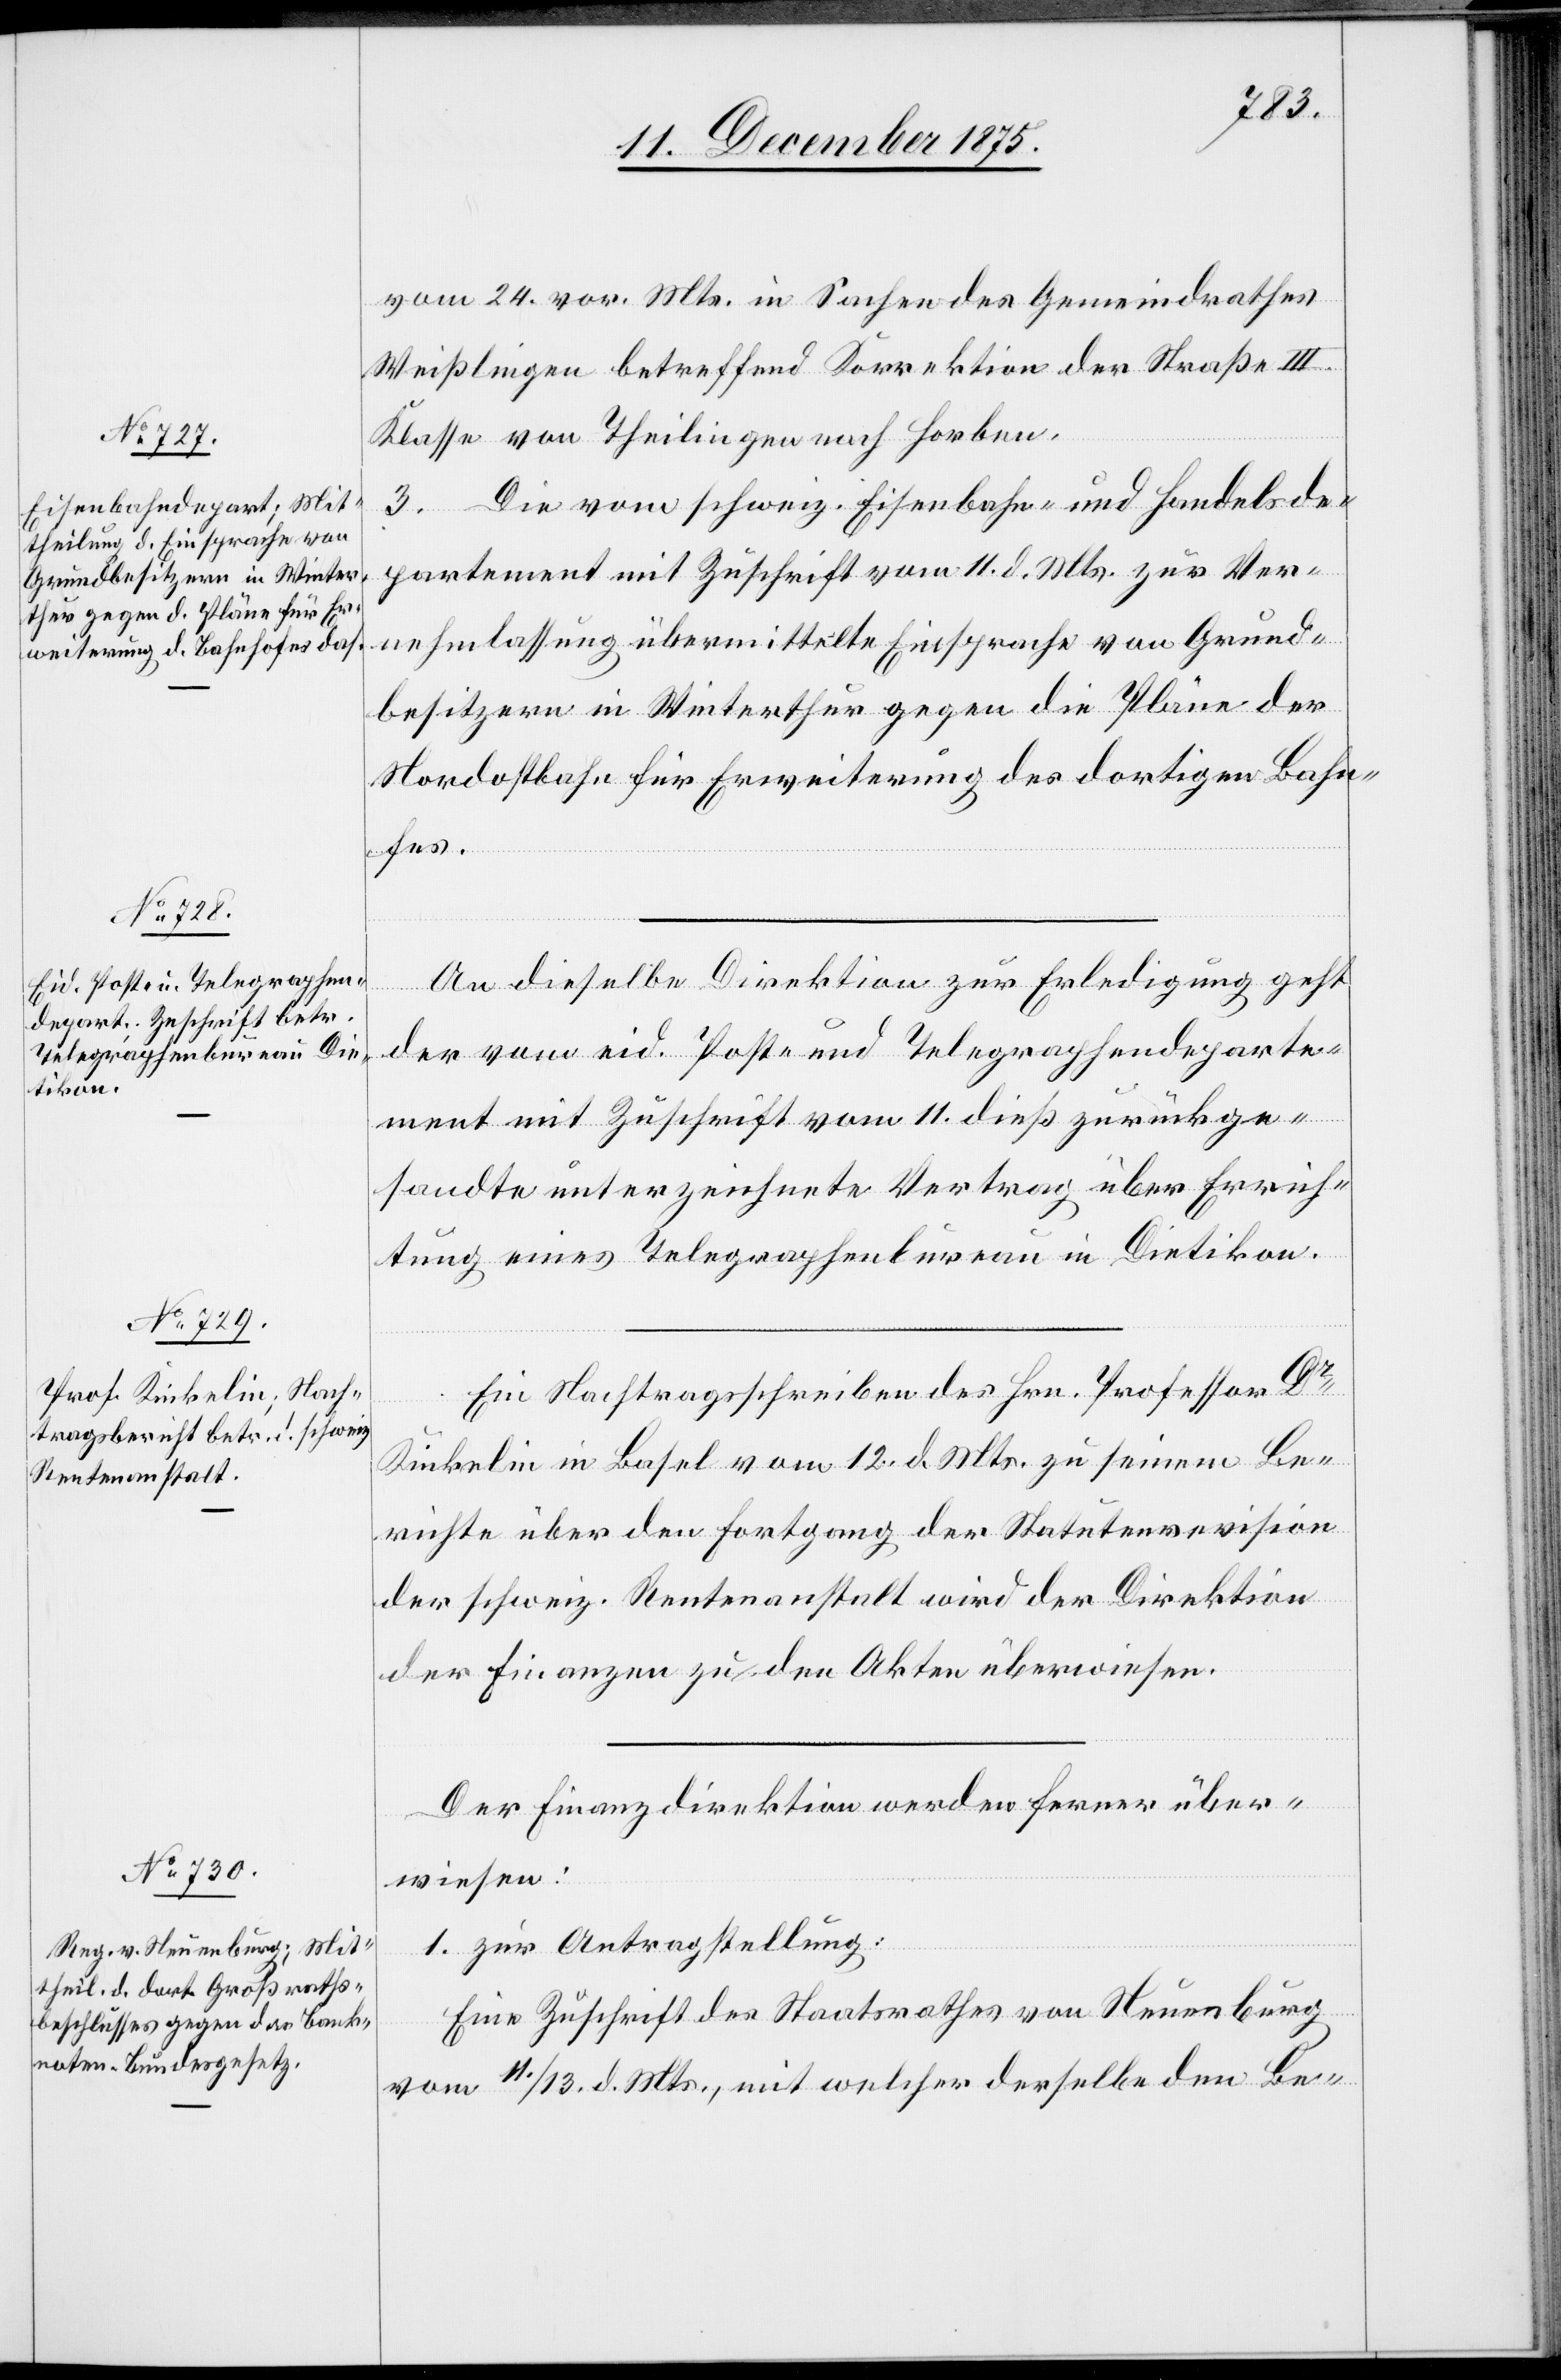
15. December 1875.]
vom 24. vor. Mts. in Sachen des Gemeindrathes
Weißlingen betreffend Korrektion der Straße III.
Klasse von Theilingen nach Horben.
3. Die vom schweiz. Eisenbahn- und Handelsde¬
partement mit Zuschrift vom 11. d. Mts. zur Ver¬
nehmlassung übermittelte Einsprache von Grund¬
besitzern in Winterthur gegen die Pläne der
Nordostbahn für die Erweiterung des dortigen Bahn[h¬
o]fes.
An dieselbe Direktion zur Erledigung geht
der vom eid. Post- und Telegraphendeparte¬
ment mit Zuschrift vom 11. dieß zurückge¬
sandte unterzeichnete Vertrag über Errich¬
tung eines Telegraphenbureau in Dietikon.
Ein Nachtragsschreiben des Hrn. Professor Dr
Kinkelin in Basel vom 12. d. Mts. zu seinem Be¬
richte über den Fortgang der Statutenrevision
der schweiz. Rentenanstalt wird der Direktion
der Finanzen zu den Akten überwiesen.
Der Finanzdirektion werden ferner über¬
wiesen:
1. zur Antragstellung:
Eine Zuschrift des Staatsrathes von Neuenburg
vom 11./13. d. Mts., mit welcher derselbe den Be-